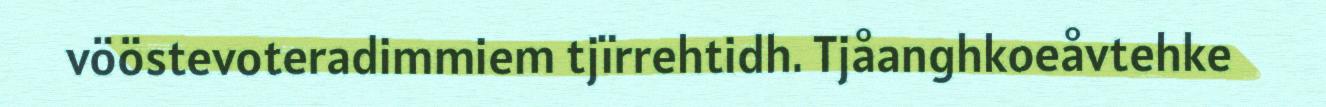
vööstevoteradimmiem tjïrrehtidh. Tjåanghkoeåvtehke